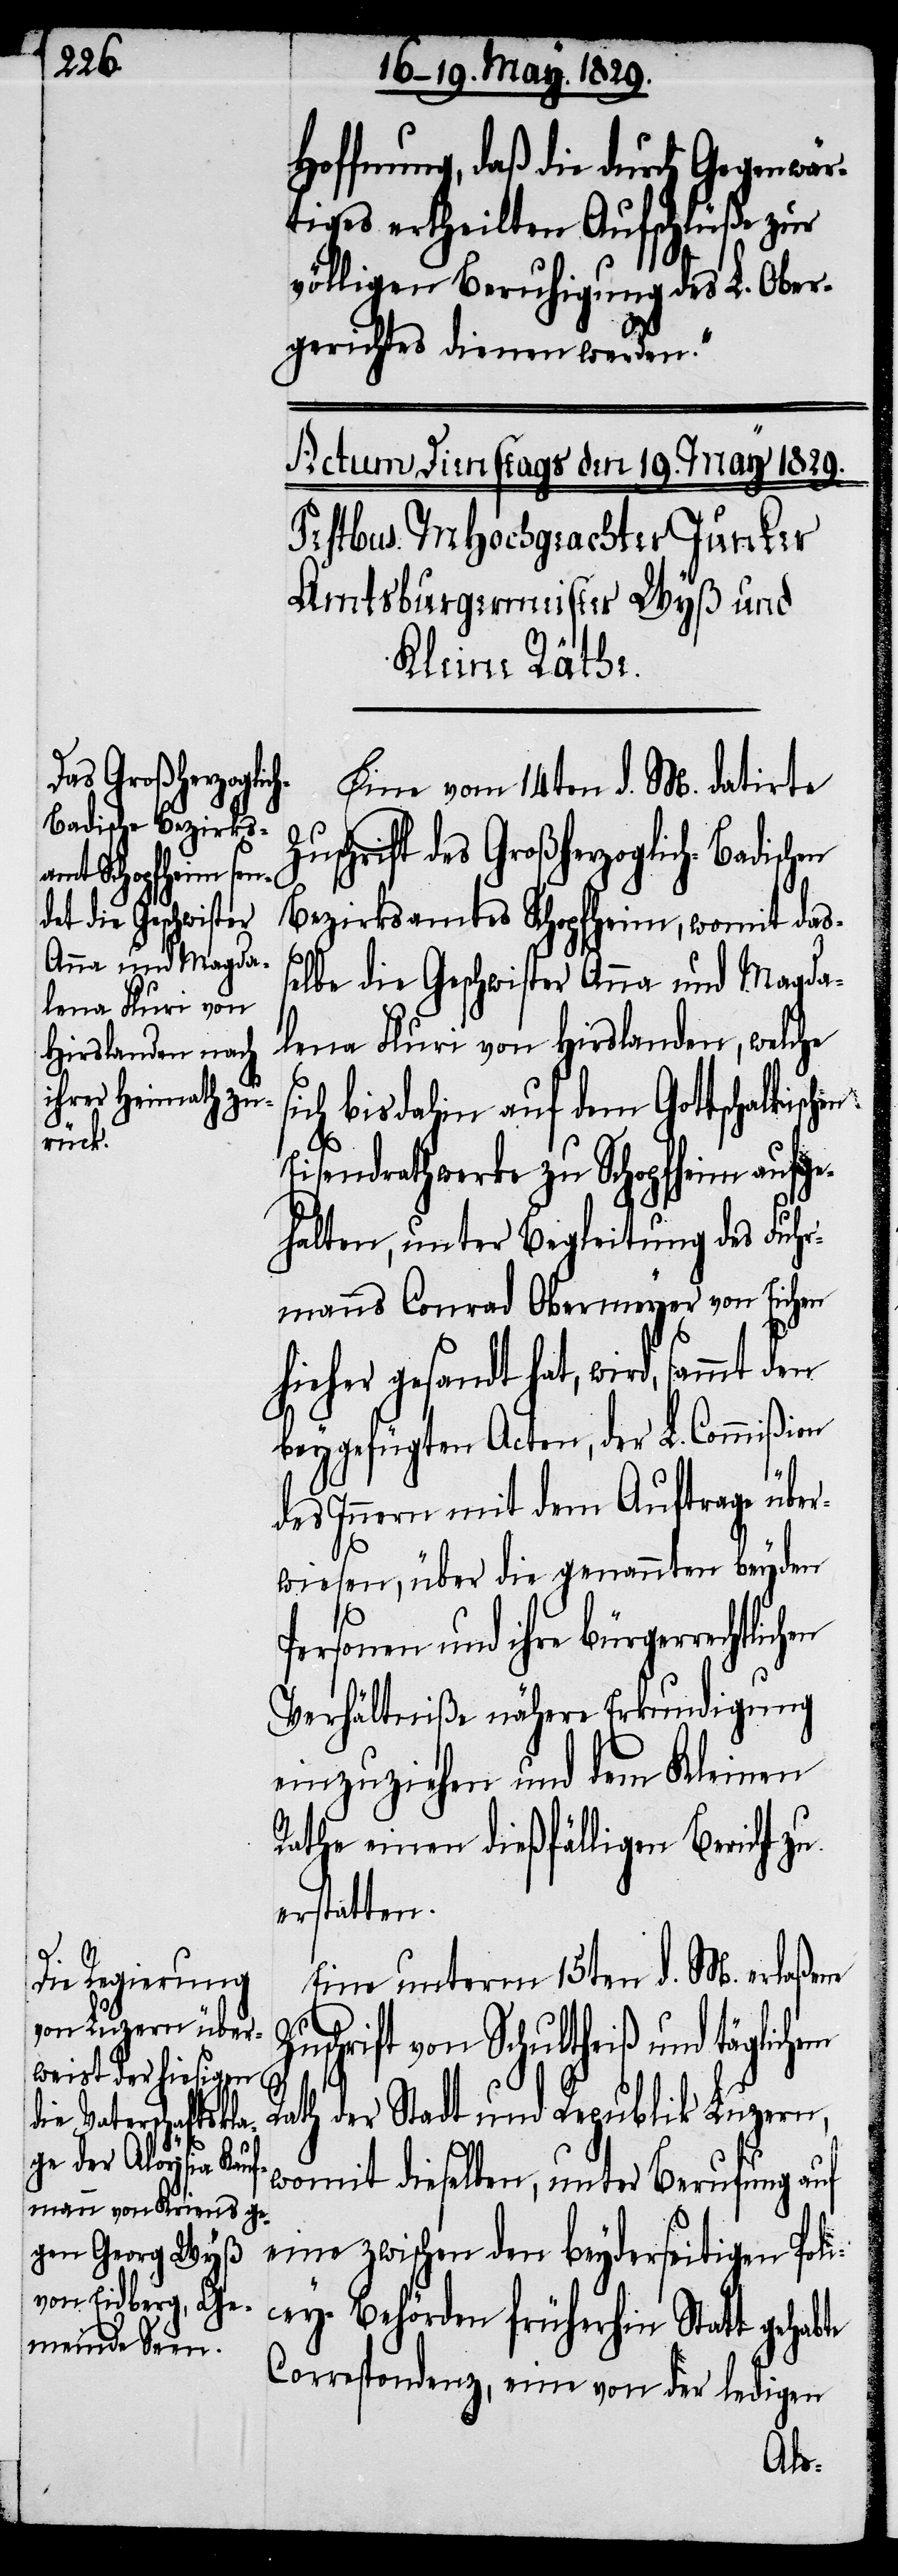
te

Hoffnung, daß die durch Gegenwär¬
tiges ertheilte Aufschlüße zur
völligen Beruhigung des L. Ober¬
gerichtes dienen werden.“
Eine vom 14ten d. M. datirte
Zuschrift des Großherzoglich-Badischen
Bezirksamtes Schopfheim, womit das¬
selbe die Geschwister Anna und Magda¬
lena Fluri von Hirslanden, welche
ich bisdahin auf dem Gottschalkischen
Eisendrathwerke zu Schopfheim aufge¬
halten, unter Begleitung des Fuhr¬
manns Conrad Obermeyer von Eichen
hieher gesandt hat, wird, sammt den
beygefügten Acten, der L. Commißion
des Innern mit dem Auftrage über¬
wiesen, über die genannten beyden
Personen und ihre bürgerrecht¬
Verhältniße nähere Erkundigung
einzuziehen und dem Kleinen
Rathe einen dießfälligen Bericht zu
erstatten.
Eine unterm 15ten d. M. erlaßene
uschrift von Schultheiß und täglichem
Rath der Stadt und Republik Luzern,
womit dieselben, unter Berufung auf
eine zwischen den beyderseitigen Poli¬
cey-Behörden früherhin Statt gehab¬
Correspondenz, eine von der ledigen
lichen